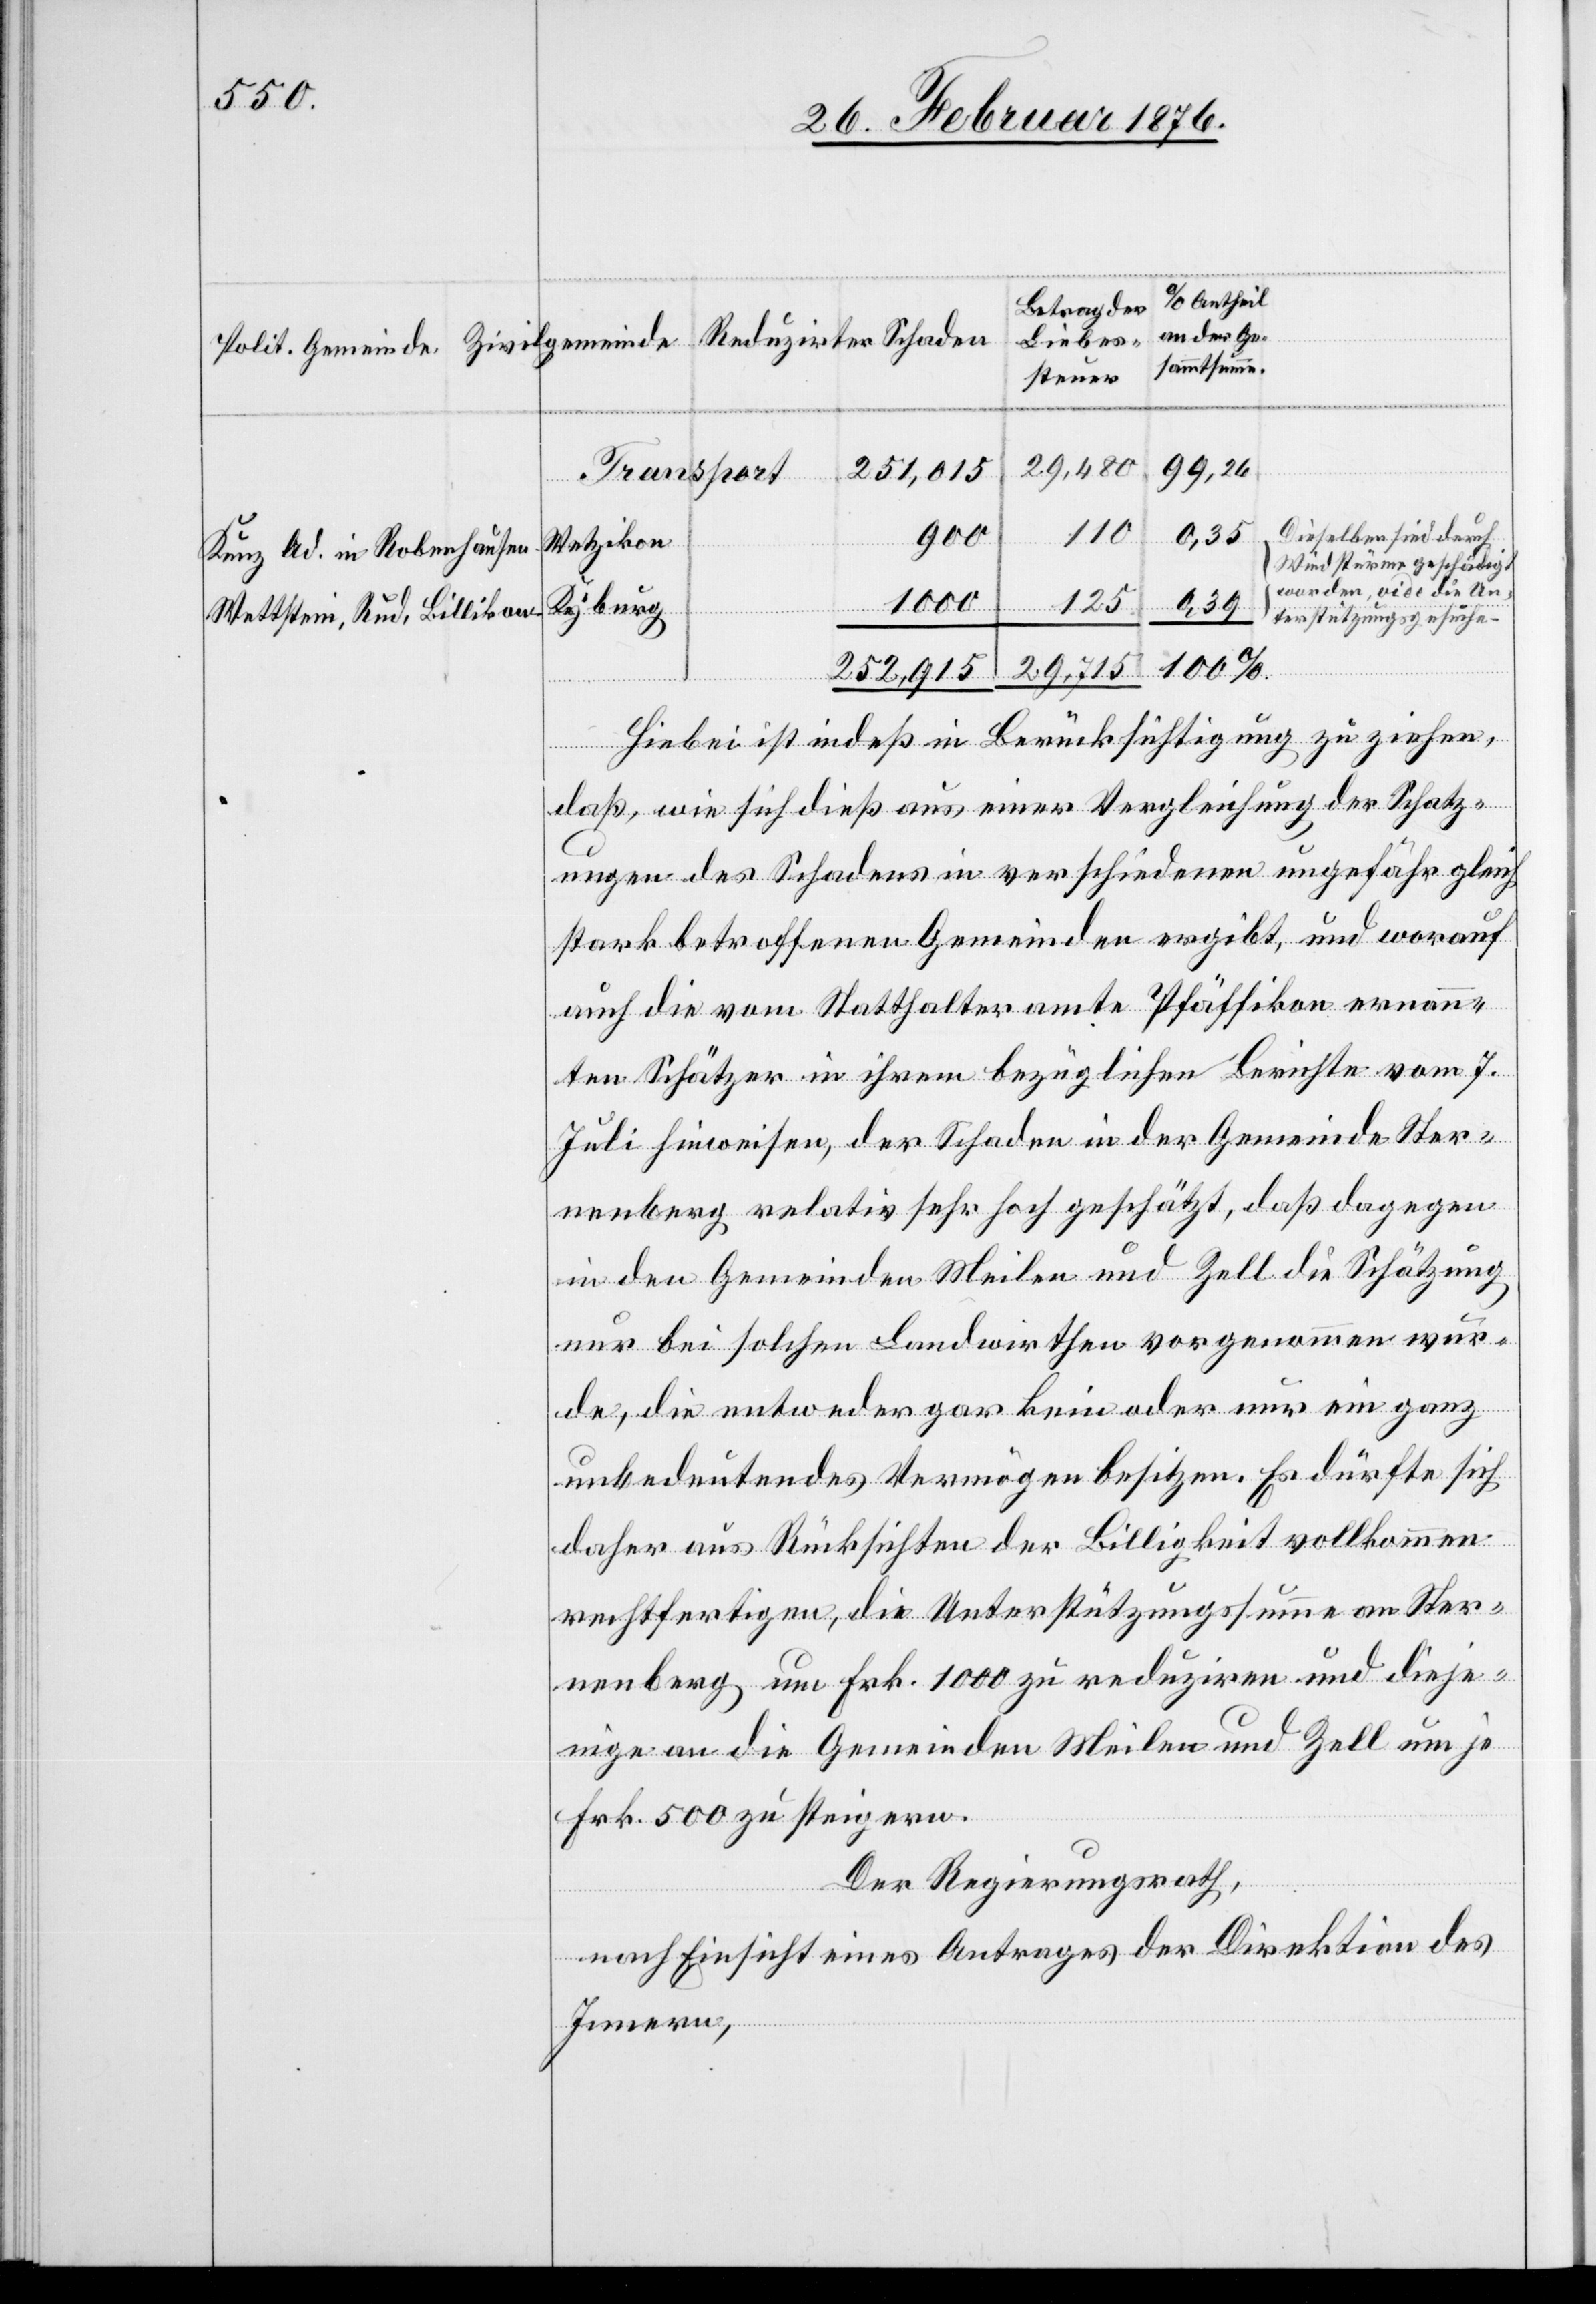
Betrag der
an der Ge¬
Reduzirter Schaden
Liebes¬
samtsumme.
steuer
29,715
99,26
252,915
Transport
Dieselben sind durch
0,39
110
100
Wetzikon
Kunz Ad. in Robenhausen
Windstürme geschädigt
worden, vide die Un¬
1000
125
Kyburg
Wettstein, Rud. Billikon
terstützungsgesuche.
Hiebei ist indeß in Berücksichtigung zu ziehen,
daß, wie sich dieß aus einer Vergleichung der Schatz¬
ungen des Schadens in verschiedenen ungefähr gleich
stark betroffenen Gemeinden ergibt, und worauf
auch die vom Statthalteramte Pfäffikon ernann¬
ten Schätzer in ihrem bezüglichen Berichte vom 7.
Juli hinwiesen, der Schaden in der Gemeinde Ster¬
nenberg relativ sehr hoch geschätzt, daß dagegen
in den Gemeinden Meilen und Zell die Schätzung
nur bei solchen Landwirthen vorgenommen wur¬
de, die entweder gar kein oder nur ein ganz
unbedeutendes Vermögen besitzen. Es dürfte sich
daher aus Rücksichten der Billigkeit vollkommen
rechtfertigen, die Unterstützungssumme an Ster¬
nenberg um Frk. 1000 zu reduziren und dieje¬
nige an die Gemeinden Meilen und Zell um je
Frk. 500 zu steigern.
Der Regierungsrath,
nach Einsicht eines Antrages der Direktion des
Innern,